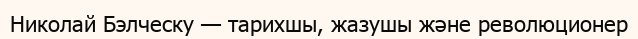
Николай Бэлческу — тарихшы, жазушы және революционер